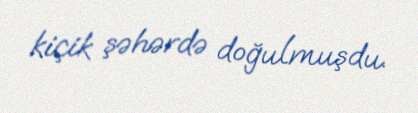
kiçik şəhərdə doğulmuşdu.